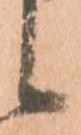
候